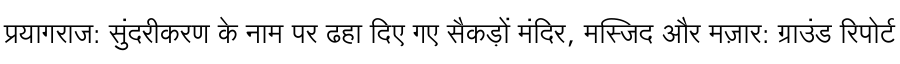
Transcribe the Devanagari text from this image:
प्रयागराज: सुंदरीकरण के नाम पर ढहा दिए गए सैकड़ों मंदिर, मस्जिद और मज़ार: ग्राउंड रिपोर्ट